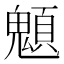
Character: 䫥